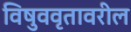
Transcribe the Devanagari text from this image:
विषुववृतावरील